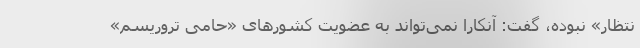
نتظار» نبوده، گفت: آنکارا نمی‌تواند به عضویت کشورهای «حامی تروریسم»